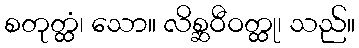
စတုတ္ထံ၊ သော။ လိစ္ဆဝီဝတ္ထု၊ သည်။